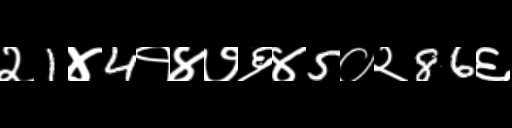
Text: २1४4१४७६४5०२86६